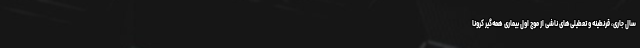
سال جاری، قرنطینه و تعطیلی‌های ناشی از موج اول بیماری همه‌گیر کرونا